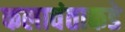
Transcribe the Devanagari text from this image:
कलावंताकडे